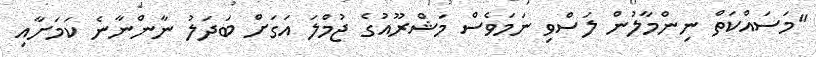
"މަސައްކަތް ނިންމާލުން ލަސްވި ނަމަވެސް މަޝްރޫއުގެ ޖުމްލަ އަގަށް ބަދަލު ނާންނާނެ ކަމަށާއި